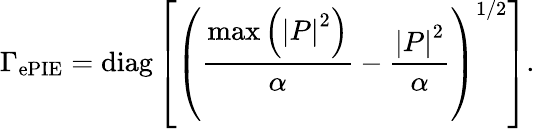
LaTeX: \Gamma_{\textrm{ePIE}}=\textrm{diag}\left[\left(\frac{\operatorname*{max}\left(\left|P\right|^{2}\right)}{\alpha}-\frac{\left|P\right|^{2}}{\alpha}\right)^{1/2}\right].